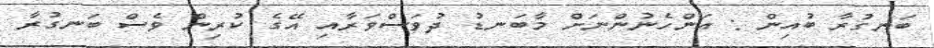
ބަނގުރާ ބުއިން : އަންހެނުންނަށް މާބަނޑު ދުވަސްވަރާއި އޭގެ ކުރިން ވެސް ބަނގުރާ